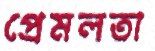
প্রেমলতা